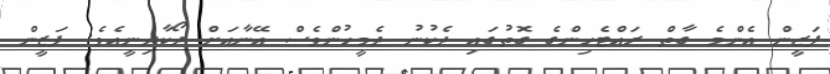
ފަޒީން އެންމެ ގާތް ރައްޓެހިންގެ ގޮތުގައި ދެކުނު ދެމީހުންވެސް އޭނާއަށް ދޯކާދިނީއެވެ. ފަޒީން